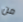
من